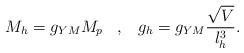
LaTeX: \begin{align*}M_h = g_{YM} M_p \;\;\; ,\;\;\; g_h = g_{YM}\frac{\sqrt{V}}{l_h ^3} .\end{align*}